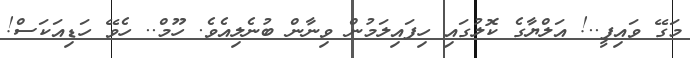
މަގޭ ވައިފީ..! އަލްޔާގެ ކޮލުގައި ހިފައިލަމުން ވިނާން ބުނެލިއެވެ. ހޫމް.. ހެވޭ ހަޑިއަކަސް!